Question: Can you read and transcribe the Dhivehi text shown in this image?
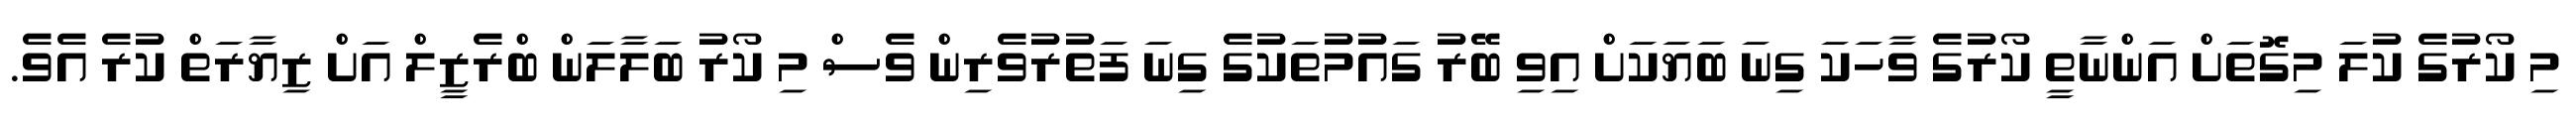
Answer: މި ކޯރުގެ ކުލަ މިގޮތަށް އަންނާތީ ކޯރުގެ ވާހަކަ ގިނަ ބަޔަކަށް އިވި ބޭރު ގައުމުތަކުގެ ގިނަ ފަތުރުވެރިން ވެސް މި ކޯރު ބަލާލަން ބްރެޒީލް އަށް ޒިޔާރަތް ކުރެ އެވެ.